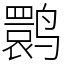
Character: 鹮